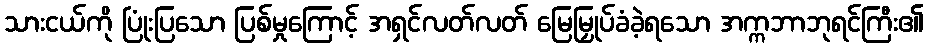
သားငယ်ကို ပြုံးပြသော ပြစ်မှုကြောင့် အရှင်လတ်လတ် မြေမြှုပ်ခံခဲ့ရသော အက္ကဘာဘုရင်ကြီး၏